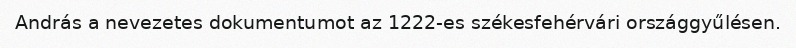
András a nevezetes dokumentumot az 1222-es székesfehérvári országgyűlésen.